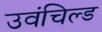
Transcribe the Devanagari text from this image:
उवंचिल्ड